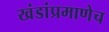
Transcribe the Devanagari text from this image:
खंडांप्रमाणेच